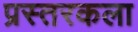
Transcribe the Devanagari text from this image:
प्रस्तरकला